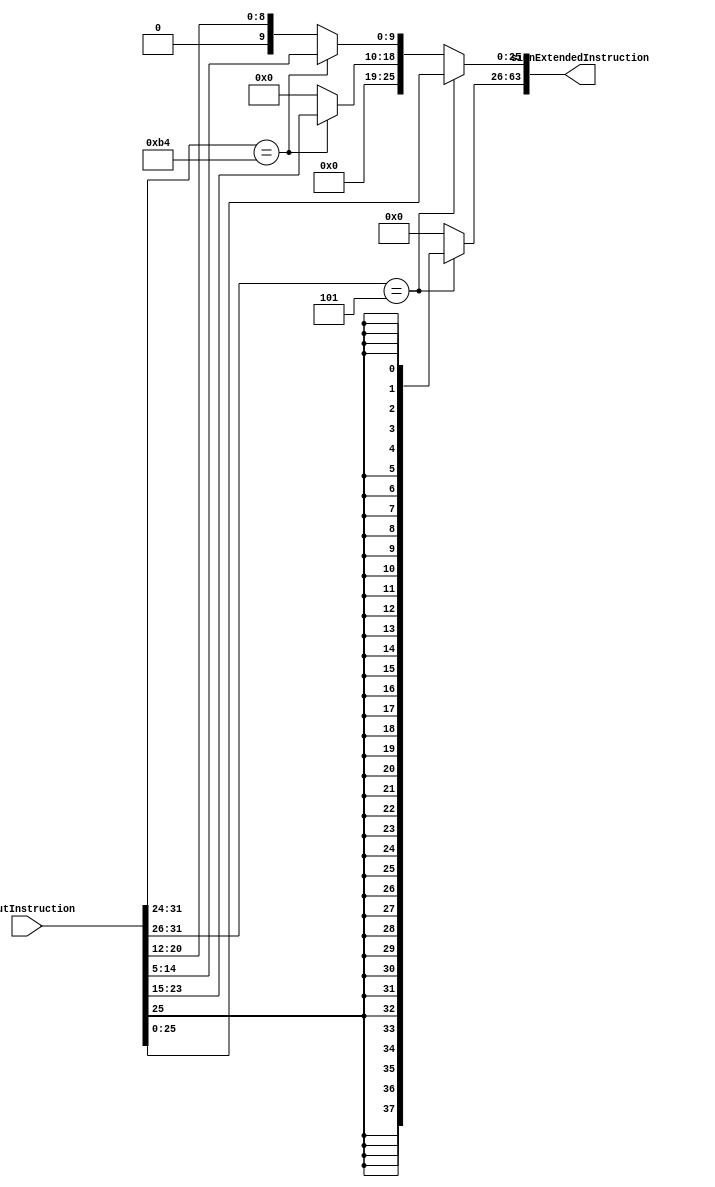
module SignExtend
(
	input [31:0] inputInstruction,
	output reg [63:0] signExtendedInstruction
);

	always @(*) begin
		if (inputInstruction[31:26] == 6'b000101) begin // B
			signExtendedInstruction[25:0] = inputInstruction[25:0];
			signExtendedInstruction[63:26] = {63{signExtendedInstruction[25]}};

		end else if (inputInstruction[31:24] == 8'b10110100) begin // CBZ
			signExtendedInstruction[19:0] = inputInstruction[23:5];
			signExtendedInstruction[63:20] = {63{signExtendedInstruction[19]}};

		end else begin // D Type
			signExtendedInstruction[9:0] = inputInstruction[20:12];
			signExtendedInstruction[63:10] = {63{signExtendedInstruction[9]}};
		end
	end
endmodule